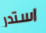
استدر